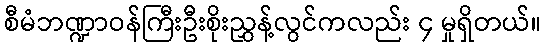
စီမံဘဏ္ဍာဝန်ကြီးဦးစိုးညွှန့်လွင်ကလည်း ၄ မှုရှိတယ်။